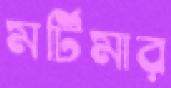
মর্টিমার